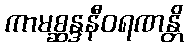
ကာမစ္ဆန္ဒနီဝရဏန္တိ